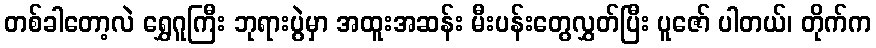
တစ်ခါတော့လဲ ရွှေဂူကြီး ဘုရားပွဲမှာ အထူးအဆန်း မီးပန်းတွေလွှတ်ပြီး ပူဇော် ပါတယ်၊ တိုက်က